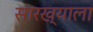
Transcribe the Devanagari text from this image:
सारख्याला